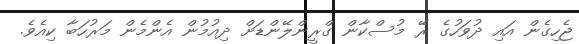
ޖެހިގެން އައި ދުވަހުގެ ރޭ މުސްކާން ގްރީންލޭންޑަށް ދިއުމުން އެންމެން މަރުހަބާ ކިއެވެ.